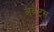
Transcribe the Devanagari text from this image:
अवेट्स